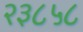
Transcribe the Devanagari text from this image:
२३८५८